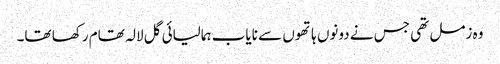
وہ زمل تھی جس نے دونوں ہاتھوں سے نایاب ہمالیائی گل لالہ تھام رکھا تھا۔